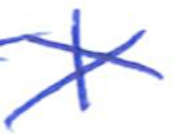
Text: I
Cross-out: cross
Writing tool: ballpoint